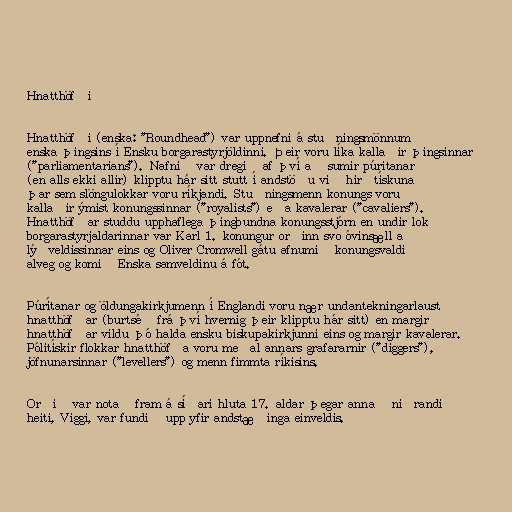
Hnatthöfði

Hnatthöfði (enska: "Roundhead") var uppnefni á stuðningsmönnum
enska þingsins í Ensku borgarastyrjöldinni. Þeir voru líka kallaðir þingsinnar
("parliamentarians"). Nafnið var dregið af því að sumir púritanar
(en alls ekki allir) klipptu hár sitt stutt í andstöðu við hirðtískuna
þar sem slöngulokkar voru ríkjandi. Stuðningsmenn konungs voru
kallaðir ýmist konungssinnar ("royalists") eða kavalerar ("cavaliers").
Hnatthöfðar studdu upphaflega þingbundna konungsstjórn en undir lok
borgarastyrjaldarinnar var Karl 1. konungur orðinn svo óvinsæll að
lýðveldissinnar eins og Oliver Cromwell gátu afnumið konungsvaldið
alveg og komið Enska samveldinu á fót.

Púrítanar og öldungakirkjumenn í Englandi voru nær undantekningarlaust
hnatthöfðar (burtséð frá því hvernig þeir klipptu hár sitt) en margir
hnatthöfðar vildu þó halda ensku biskupakirkjunni eins og margir kavalerar.
Pólitískir flokkar hnatthöfða voru meðal annars grafararnir ("diggers"),
jöfnunarsinnar ("levellers") og menn fimmta ríkisins.

Orðið var notað fram á síðari hluta 17. aldar þegar annað niðrandi
heiti, Viggi, var fundið upp yfir andstæðinga einveldis.